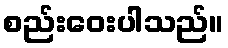
စည်းဝေးပါသည်။